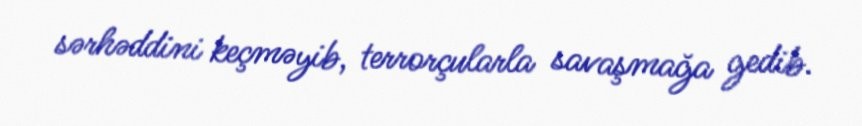
sərhəddini keçməyib, terrorçularla savaşmağa gedib.